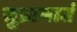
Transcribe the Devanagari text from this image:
सुप्राभातं